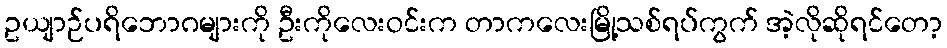
ဥယျာဉ်ပရိဘောဂများကို ဦးကိုလေးဝင်းက တာကလေးမြို့သစ်ရပ်ကွက် အဲ့လိုဆိုရင်တော့